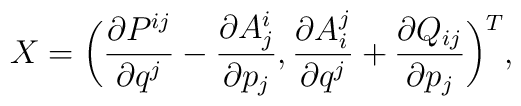
X = \bigg(   \frac{\partial P^{ij}}{\partial q^j} - \frac{\partial A^i_j}{\partial p_j},   \frac{\partial A^j_i}{\partial q^j} + \frac{\partial Q_{ij}}{\partial p_j}  \bigg)^T,